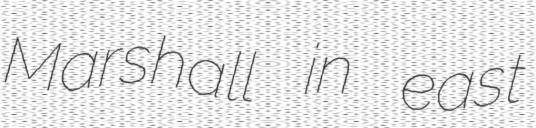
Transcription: Marshall in east